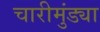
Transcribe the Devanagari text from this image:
चारीमुंड्या